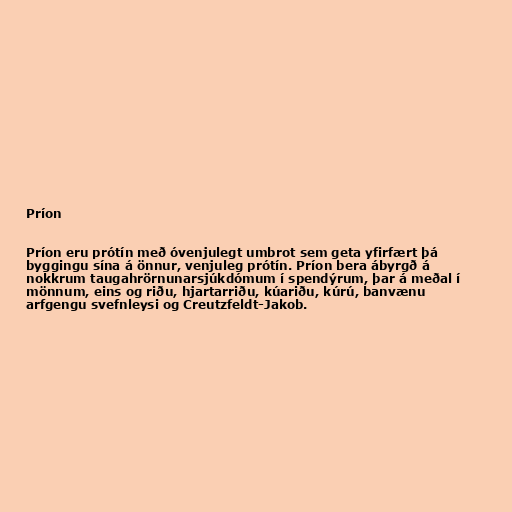
Príon

Príon eru prótín með óvenjulegt umbrot sem geta yfirfært þá
byggingu sína á önnur, venjuleg prótín. Príon bera ábyrgð á
nokkrum taugahrörnunarsjúkdómum í spendýrum, þar á meðal í
mönnum, eins og riðu, hjartarriðu, kúariðu, kúrú, banvænu
arfgengu svefnleysi og Creutzfeldt-Jakob.